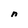
Character: n